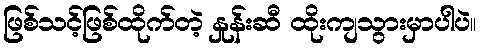
ဖြစ်သင့်ဖြစ်ထိုက်တဲ့ နှုန်းဆီ ထိုးကျသွားမှာပါပဲ။